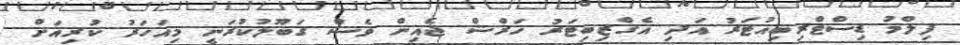
ފިލްމު ޑިސްޓްރިބިއުޓަރު އަދި އެގްޒިބިޓަރު ހަރްޝް ޖެއިން ވެސް ގަބޫލުކުރަނީ މިއަހަރު ކުރިއަށް